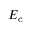
E _ { \mathrm { c } }